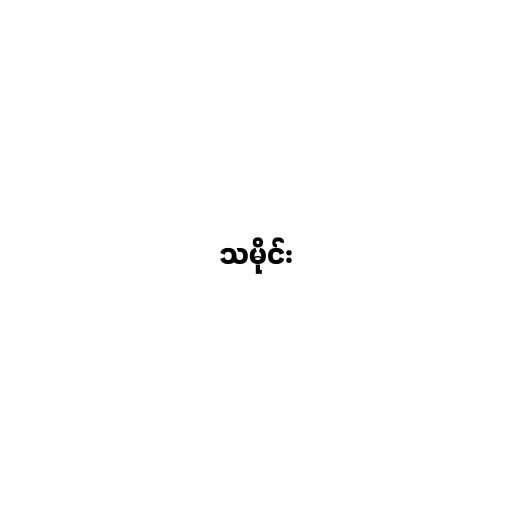
သမိုင်း